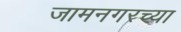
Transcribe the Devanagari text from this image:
जामनगरच्या